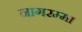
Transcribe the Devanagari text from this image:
नागरम्मा